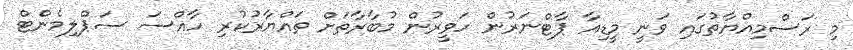
މި ރަސްމިއްޔާތުގައި ވަނީ މީޑިއާ ޕާޓްނަރުން ހަވީރުން މުބާރާތަށް ތައްޔާރުކުރި ހާއްސަ ސަޕްލިމެންޓް